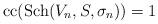
LaTeX: \begin{align*}\mathrm{cc}(\mathrm{Sch}(V_{n},S,\sigma_{n}))=1\end{align*}